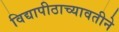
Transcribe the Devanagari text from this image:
विद्यापीठाच्यावतीने